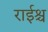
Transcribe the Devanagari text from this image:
राईश्च